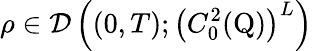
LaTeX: \rho\in\mathcal{D}\left((0,T);\left(C_{0}^{2}(\mathrm{Q})\right)^{L}\right)